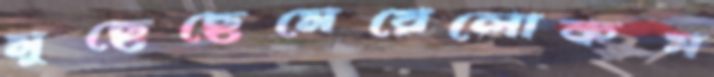
মুছেছেমেয়েলোকস